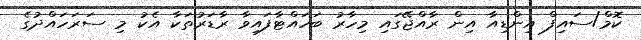
ކޮމް/ސައިފް އިންޑިއާ އިން ރާއްޖޭގައި މިހާރު ބަހައްޓާފައިވާ ރާޑަރުތަކާ އެކު މި ސަރަހައްދުގެ